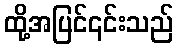
ထို့အပြင်၎င်းသည်